Annual report of the Punjab Veterinary College and of the Civil Veterinary Department, Punjab - 1894-1908
Year: 1894
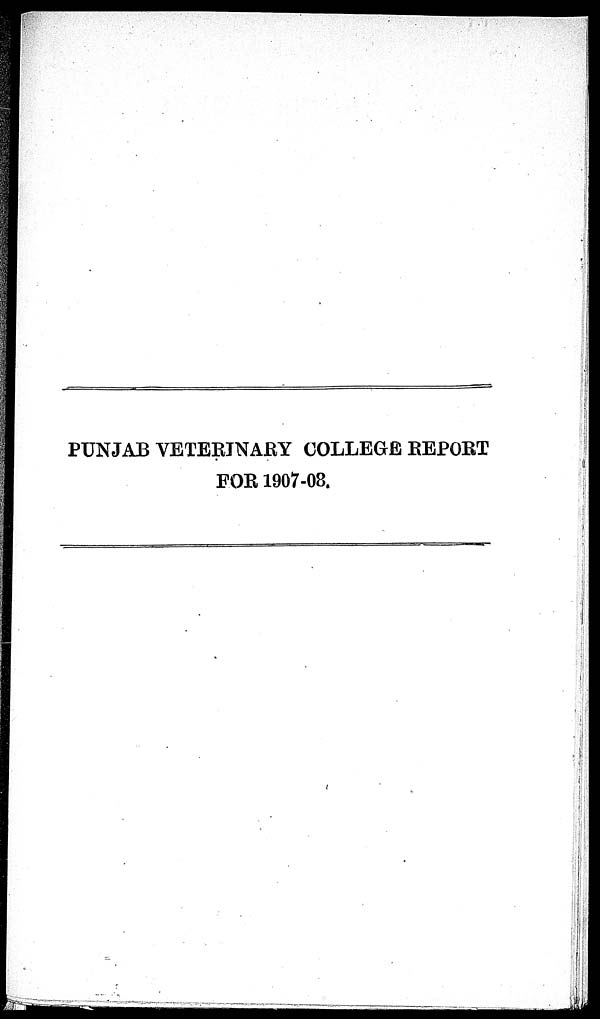
PUNJAB VETERINARY COLLEGE REPORT
FOR 1907-08.